Calcutta medical institutions reports 1871-78
Year: 1871
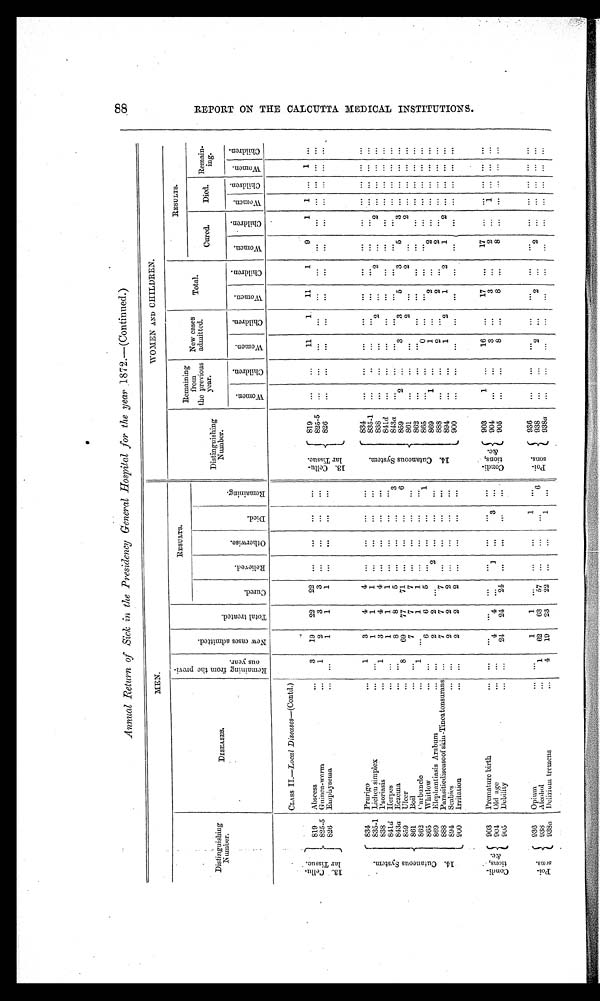
Annual Return of Sick in the Presidency General Hospital for the year 1872.—(Continued.)
MEN.
WOMEN AND CHILDREN.
Distinguishing
Number.
DISEASES.
R e m a i n i n g f r o m t h e p r o v i o u s y e a r .
N e w c a s e s a d m i t t e d .
T o t a l t r e a t e d .
RESULTS.
Distinguishing
Number.
Remaining
from
the previous
year.
New cases
admitted.
Total.
RESULTS.
Cu r e d .
R e l i e v e d .
Ot h e r wi s e .
Di ed.
Re ma i n i n g
Cured.
Died.
Remain-
ing.
Wo me n .
Ch i l d r e n .
Wo me n .
C h i l d r e n .
Women.
C h i l d r e n .
Wo me n . Children.
Wo me n . Ch i l d r e n .
Women.
Ch i l d r e n .
CLASS II.—Local Diseases— (Contd.)
13. Cellu-
lar Tissue.
819
Abscess
3
19
22
22 ... ...
...
...
1 3 . C e l l u -
l a r T i s s u e .
819
...
...
11
1
11
1
9
1 1 ... 1 ...
825-5 Guinea-worm
1
2
3 3
... ...
...
...
825-5 ...
...
...
...
...
...
...
... ... ... .... ...
826
Emphysema
...
1
1
1 ... ... ...
...
826
...
...
...
...
...
...
...
... ... ... ... ...
...
...
...
...
...
...
...
... ... ... ... ...
14. Cutaneous System.
834 Prurigo
1
3
4
4 ...
...
...
...
14. Cutaneous System
834
835-1 Lichen simplex
...
1
1
1 ...
...
...
...
835-1
... ...
...
...
...
...
...
... ... ... ... ...
838
...
...
...
2 ... 2
...
2
... ... ... ...
838
Psoriasis
1
3
4
4 ... ...
...
...
841d Herpes
...
1
1
1 ...
...
...
...
841d
...
...
...
...
...
...
...
... ... ... ... ...
84a Eczema
...
8
8
5 ...
...
...
3
843a
843a
...
...
...
...
...
...
...
... ... ... ... ...
859 2
...
3
3
5
3
5
3 ... ... ... ...
859
Ulcer
8
69
77
71 ... ...
...
6
859
861
...
...
... 2
... 2
...
2
... ... ... ...
861
Boil
...
7
7 7
...
... ...
...
861
862 Carbuncle
1 ...
1 1
...
...
...
...
862
...
...
...
... ... ...
... ... ... ... ... ...
865
Whitlow
...
6
6 5
...
...
...
1
865 ... ... 0
... ...... ... ... ............
1
...
1 ...
2 ...
2 ...
... ... ... ...
869
Elephantiasis Arabum
...
2 2
...
2 ... ... ...
869 888
... ...
2
...
2
...
2
...2
... ... ... ...
888 Parasiticdisease of skin-Tineatonsurans ...
7
7 7
... ...
...
...
894
Scabies
...
2
2 2
...
...
...
...
894
... ... 1
2
1
2
1 2
... ... ... ...
900
Irritation
...
2
2 2
...
...
...
...
900 ... ... ... ... ...... ... ... ............
Condi -
t i ons,
&c.
903 Premature birth
...
...
...
...
...
...
...
...
903
1 ...
16 ...
17
17
Condi- tions, &c.
903
1
...
16 ...
17 ... 17 ...
... ... ... ...
904 Old age
...
4 4
...
1 ...
3 ...
904 ... ... 3
... 3 ... 2
... 1 .........
905
Debility
...
24 24 24 ... ...
...
905 ...
...
8 ...
8 ...
8 ...
... ...
... ...
Poi- sons.
936
Opium
...
1
1 ...
...
...
1 ...
Poi-
sons.
936
...
...
...
...
...
...
... ... ... ... ... ...
938 Alcohol
1
62
63
57 ...
...
...
6
938
... ...
2
...
2
...
2
...
... ... ... ...
938a Delirium tremens
4 19 23 22 ...
... 1
...
938a
...
...
...
...
...
...
...
... ... ... ... ...
8 8 R E P O R T O N T H E C A L C U T T A M E D I C A L I N S T I T U T I O N S .